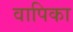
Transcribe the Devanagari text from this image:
वापिका